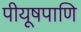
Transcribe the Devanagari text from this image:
पीयूषपाणि